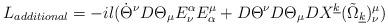
LaTeX: \begin{align*}L_{additional}=-il({\dot{\Theta}}^{\nu}D\Theta_{\mu}E_{\nu}^{\alpha}E_{\alpha}^{\mu}+D\Theta^{\nu}D\Theta_{\mu}DX^{\underline{k}}({\tilde{\Omega}}_{\underline{k}})_{\nu}^{\mu})\end{align*}